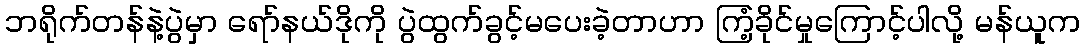
ဘရိုက်တန်နဲ့ပွဲမှာ ရော်နယ်ဒိုကို ပွဲထွက်ခွင့်မပေးခဲ့တာဟာ ကြံ့ခိုင်မှုကြောင့်ပါလို့ မန်ယူက